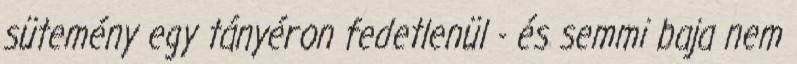
sütemény egy tányéron fedetlenül - és semmi baja nem